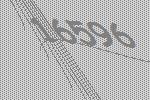
16596